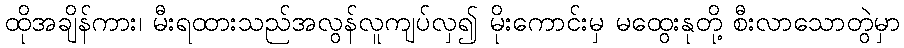
ထိုအချိန်ကား၊ မီးရထားသည်အလွန်လူကျပ်လှ၍ မိုးကောင်းမှ မထွေးနုတို့ စီးလာသောတွဲမှာ